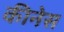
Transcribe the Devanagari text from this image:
कीनेस